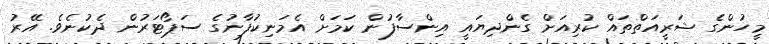
މީހުންގެ ޝަރީއަތްތައް ކުރިއަށް ގެންދިޔައީ އިންސާފުން ކަމަށް އެމަނިކުފާނުގެ ސަޕޯޓަރުން ދެކުނެވެ. އޭރު